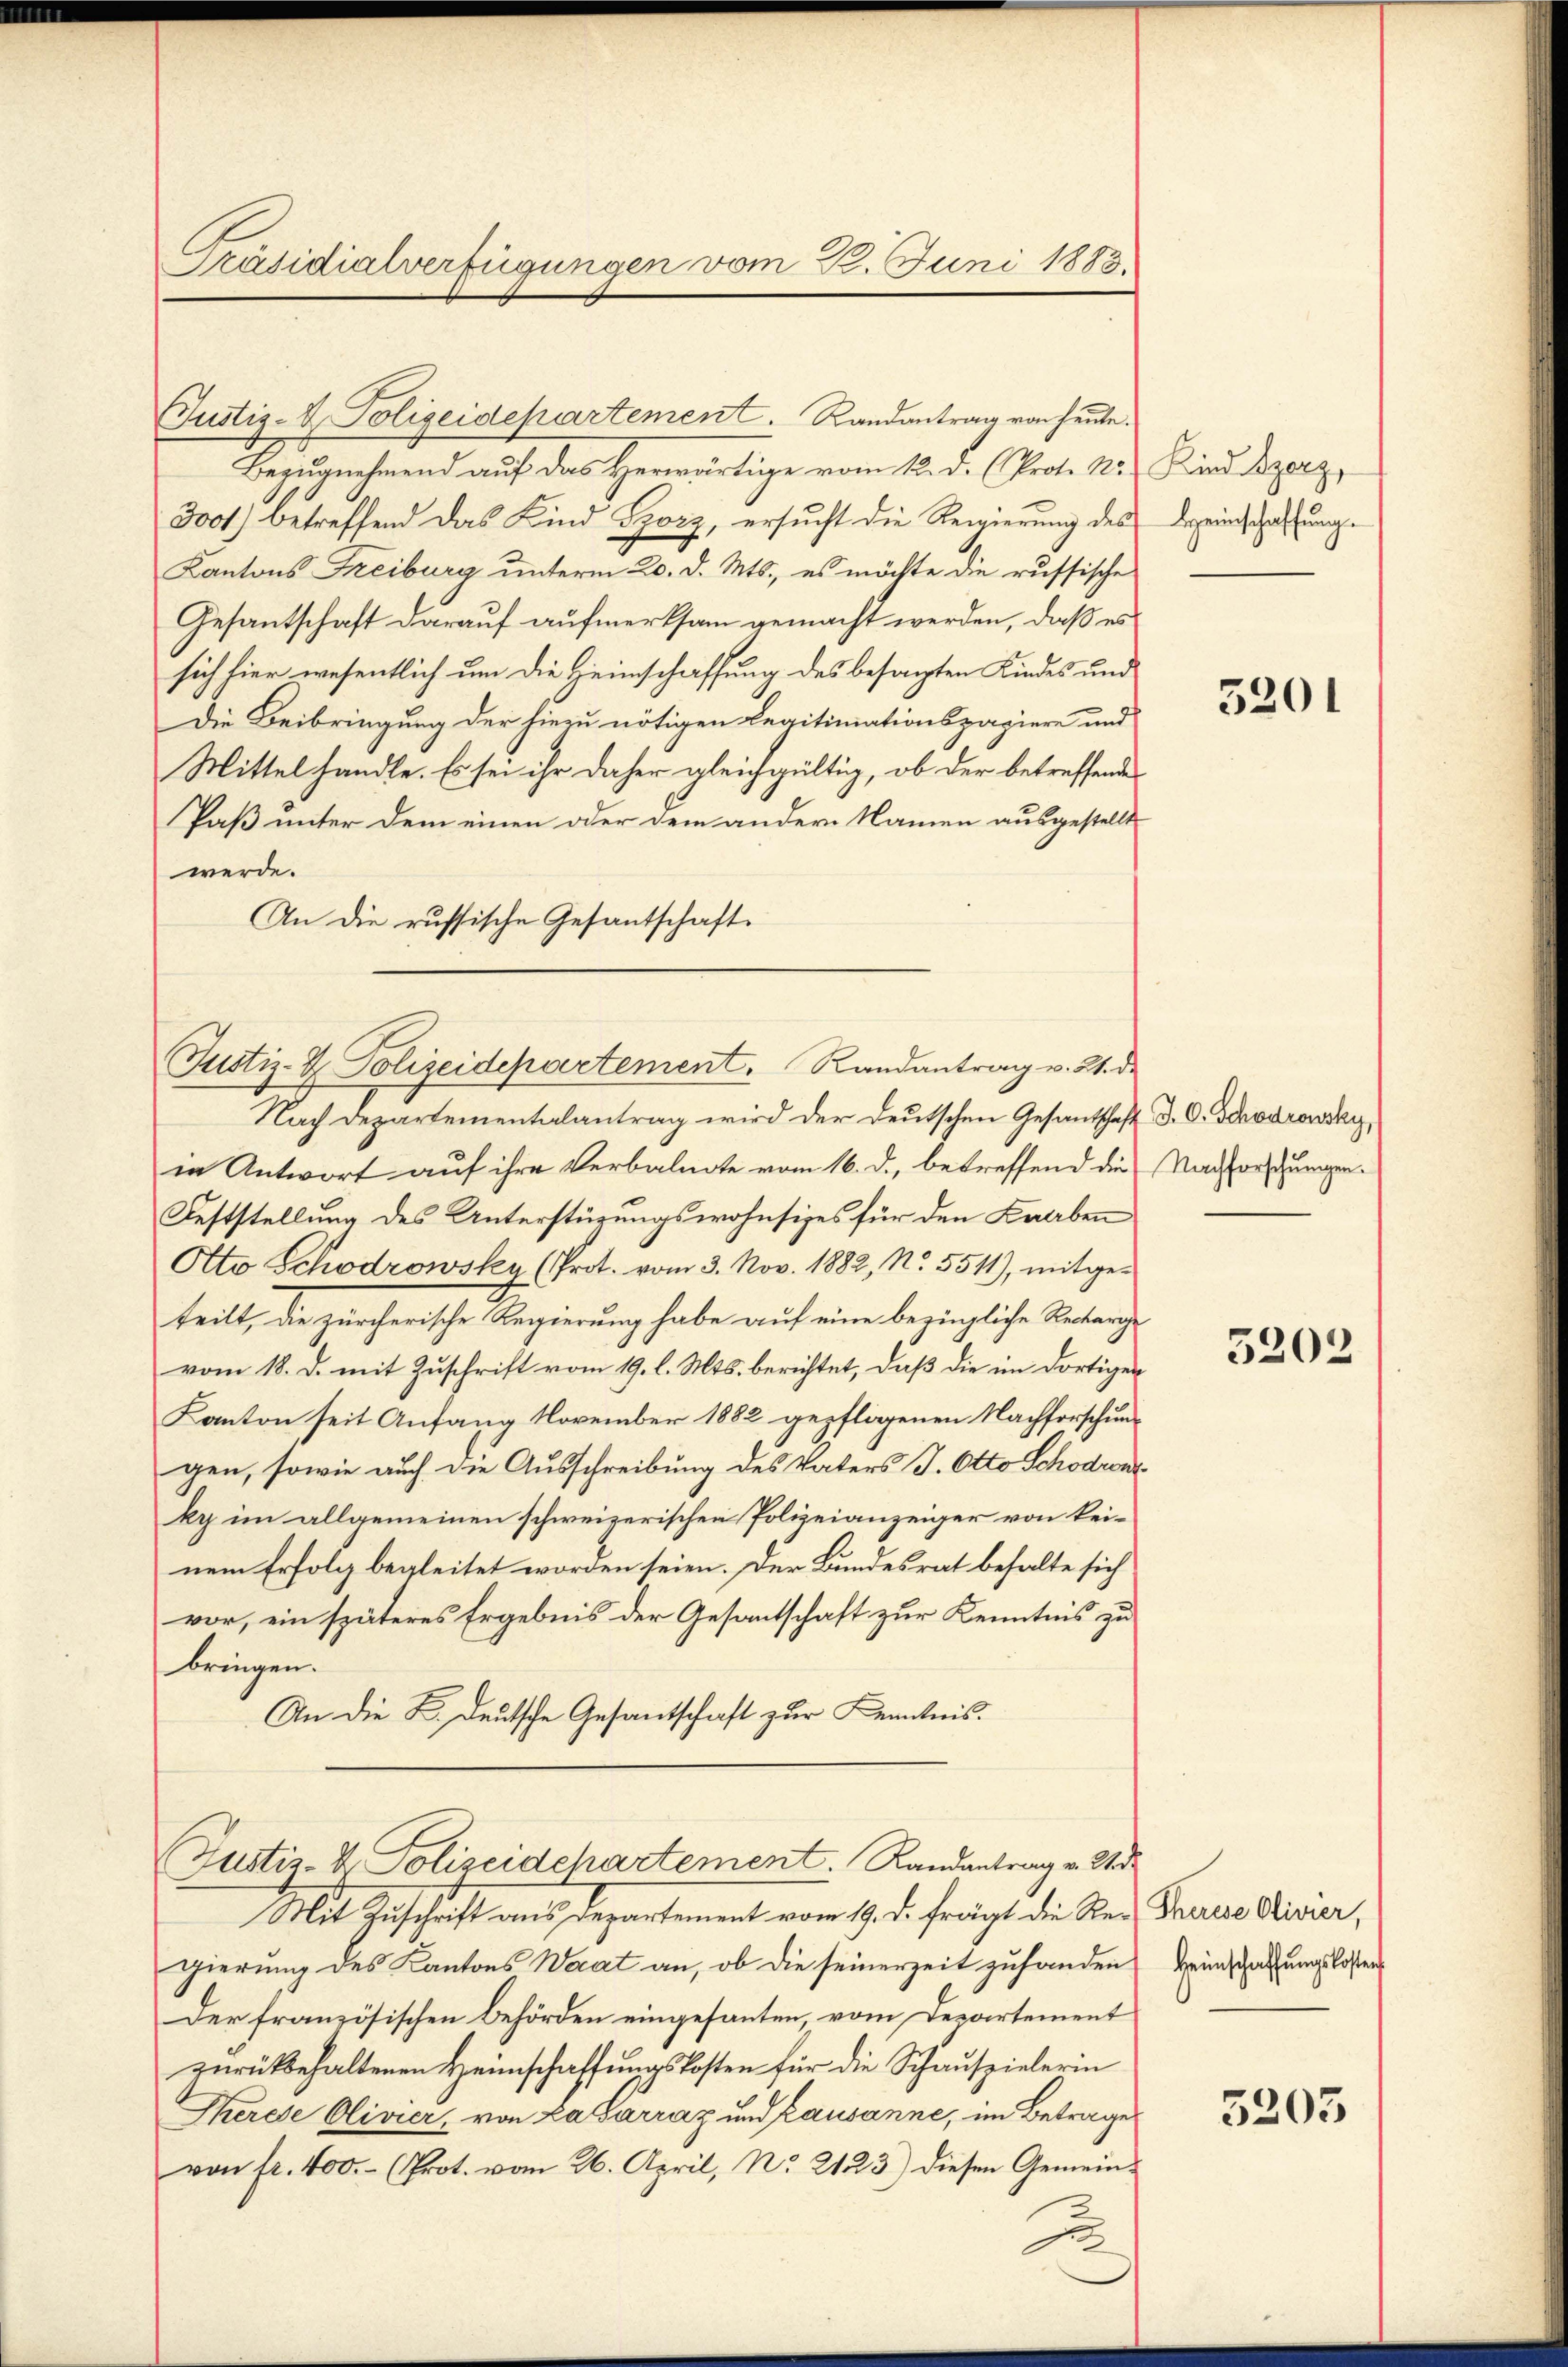
Präsidialverfügungen vom 22. Juni 1883.

Justiz- & Polizeidepartement. Randantrag von heute.
Bezugnehmend auf das Herwärtige vom 12. d. (Prof. N. Kind zerg,
300) betreffend das Kind Szorz, ersucht die Regierung des
Kantons Freiburg unterm 20. d. Mts., es möchte die russische
Gesantschaft darauf aufmerksam gemacht werden, daß es
sich hier wesentlich um die Heimschaffung des besagten Kindes und
Die Beibringung der hiezu nötigen Legitimationspapiere und
Mittel handle. Es sei ihr daher gleichgültig, ob der betreffende
Paß unter dem einen oder dem andern Namen ausgestellt
werde.
An die russische Gesantschaft¬

Justiz- & Polizeidepartement. Randantrag v. 21. de

Nach Departementalantrag wird der Deutschen Gesantschaft d. C. Schadrowsky,
in Antwort auf ihre Verbalnote vom 16. d., betreffend die Nachforschungen.
Feststellung des Unterstüzungswohnsizes für den Knaben
Otto Schödrowska (Prot. vom 3. Nov. 1882, No. 5511), mitgeteilt, die zürcherische Regierung habe auf eine bezügliche Reckarige
vom 18. d. mit Zuschrift vom 19. l. Mts. berichtet, daß die im dortigen
Kanton seit Anfang November 1882 gepflogenen Nachforschung
gen, sowie auch die Ausschreibung des Vaters J. Otto Schodront
ky im allgemeinen schweizerischen Polizeianzeiger von keinem Erfolg begleitet worden seien. Der Bundesrat behalte sich
vor, ein späteres Ergebnis der Gesantschaft zur Kenntnis zu
bringen.
An die K. Deutsche Gesandtschaft zur Kenntnis.

Justiz-V. Polizeidchartement. Randantrag v. 24. d.
Mit Zuschrift aus Departement vom 19. d. fragt die Sei Pauses Aliner,

gierung des Kantons Waat an, ob die seinerzeit zufanden Heimschaffungskosten
Der französischen Behörden eingesanten, vom Departement
zurückbehaltenen Heimschaffungskosten für die Schauspielerin
Therese Olivier, von La Sarraz und kausanne, im Betrage
von fr. 400.- (Prot. vom 26. April, No. 2123) diesen Gemein¬
u

Heinschaffung.

5201

5202

5203